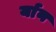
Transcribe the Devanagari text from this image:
र्यान